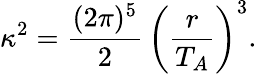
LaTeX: \kappa^{2}=\frac{(2\pi)^{5}}{2}\, \left(\frac{r}{T_{A}}\right)^{3}.